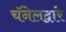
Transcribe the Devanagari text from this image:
चॅनेलद्वारे